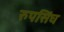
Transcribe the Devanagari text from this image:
रुपसिंघ